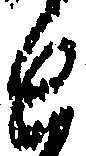
と